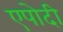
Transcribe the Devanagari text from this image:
एपोदी